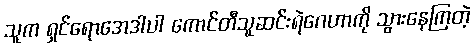
သူက ရှင်ရောအေဒါပါ ကောင်တီသူဆင်းရဲဂေဟာကို သွားနေကြတဲ့